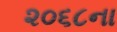
૨૦૬૮ના